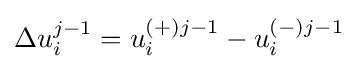
\Delta u_{i}^{j-1}=u_{i}^{(+)j-1}-u_{i}^{(-)j-1}